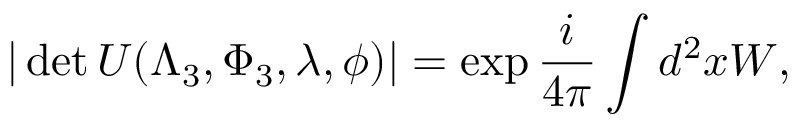
| \operatorname * { d e t } U ( \Lambda _ { 3 } , \Phi _ { 3 } , \lambda , \phi ) | = \exp \frac { i } { 4 \pi } \int d ^ { 2 } x W ,